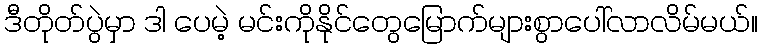
ဒီတိုတ်ပွဲမှာ ဒါ ပေမဲ့ မင်းကိုနိုင်တွေမြောက်များစွာပေါ်လာလိမ်မယ်။